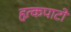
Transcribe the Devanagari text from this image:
हृत्कपाटों